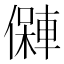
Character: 𱏘